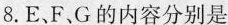
8.E、F、G的内容分别是